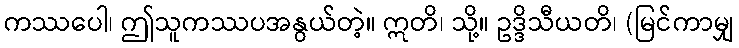
ကဿပေါ၊ ဤသူကဿပအနွယ်တဲ့။ ဣတိ၊ သို့။ ဥဒ္ဒိသီယတိ၊ (မြင်ကာမျှ